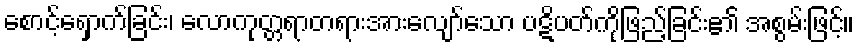
စောင့်ရှောက်ခြင်း၊ လောကုတ္တရာတရားအားလျော်သော ပဋိပတ်ကိုဖြည့်ခြင်း၏ အစွမ်းဖြင့်။